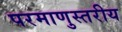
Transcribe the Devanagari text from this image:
परमाणुस्तरीय